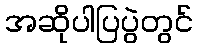
အဆိုပါပြပွဲတွင်